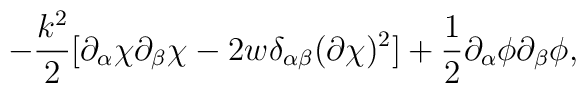
-\frac{k^{2}}{2} [\partial_{\alpha} \chi\partial_{\beta} \chi -2w\delta_{\alpha\beta}(\partial \chi)^{2}]+ \frac{1}{2}\partial_{\alpha} \phi\partial_{\beta} \phi,